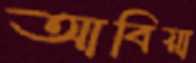
আবিয়া